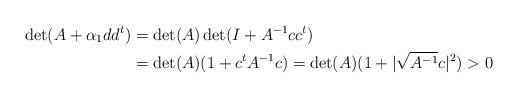
LaTeX: \begin{align*} \det(A + \alpha_1 dd^t) &= \det(A)\det(I + A^{-1}cc^t) \\ &= \det(A)(1 + c^tA^{-1}c) = \det(A)(1 + |\sqrt{A^{-1}}c|^2) > 0\end{align*}